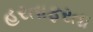
હરતાફરતા